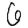
Digit: 6